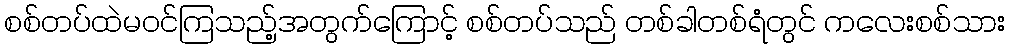
စစ်တပ်ထဲမဝင်ကြသည့်အတွက်ကြောင့် စစ်တပ်သည် တစ်ခါတစ်ရံတွင် ကလေးစစ်သား